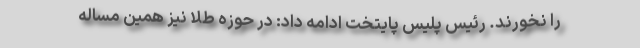
را نخورند. رئیس پلیس پایتخت ادامه داد: در حوزه طلا نیز همین مساله